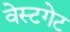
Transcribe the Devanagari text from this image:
वेस्टगेट